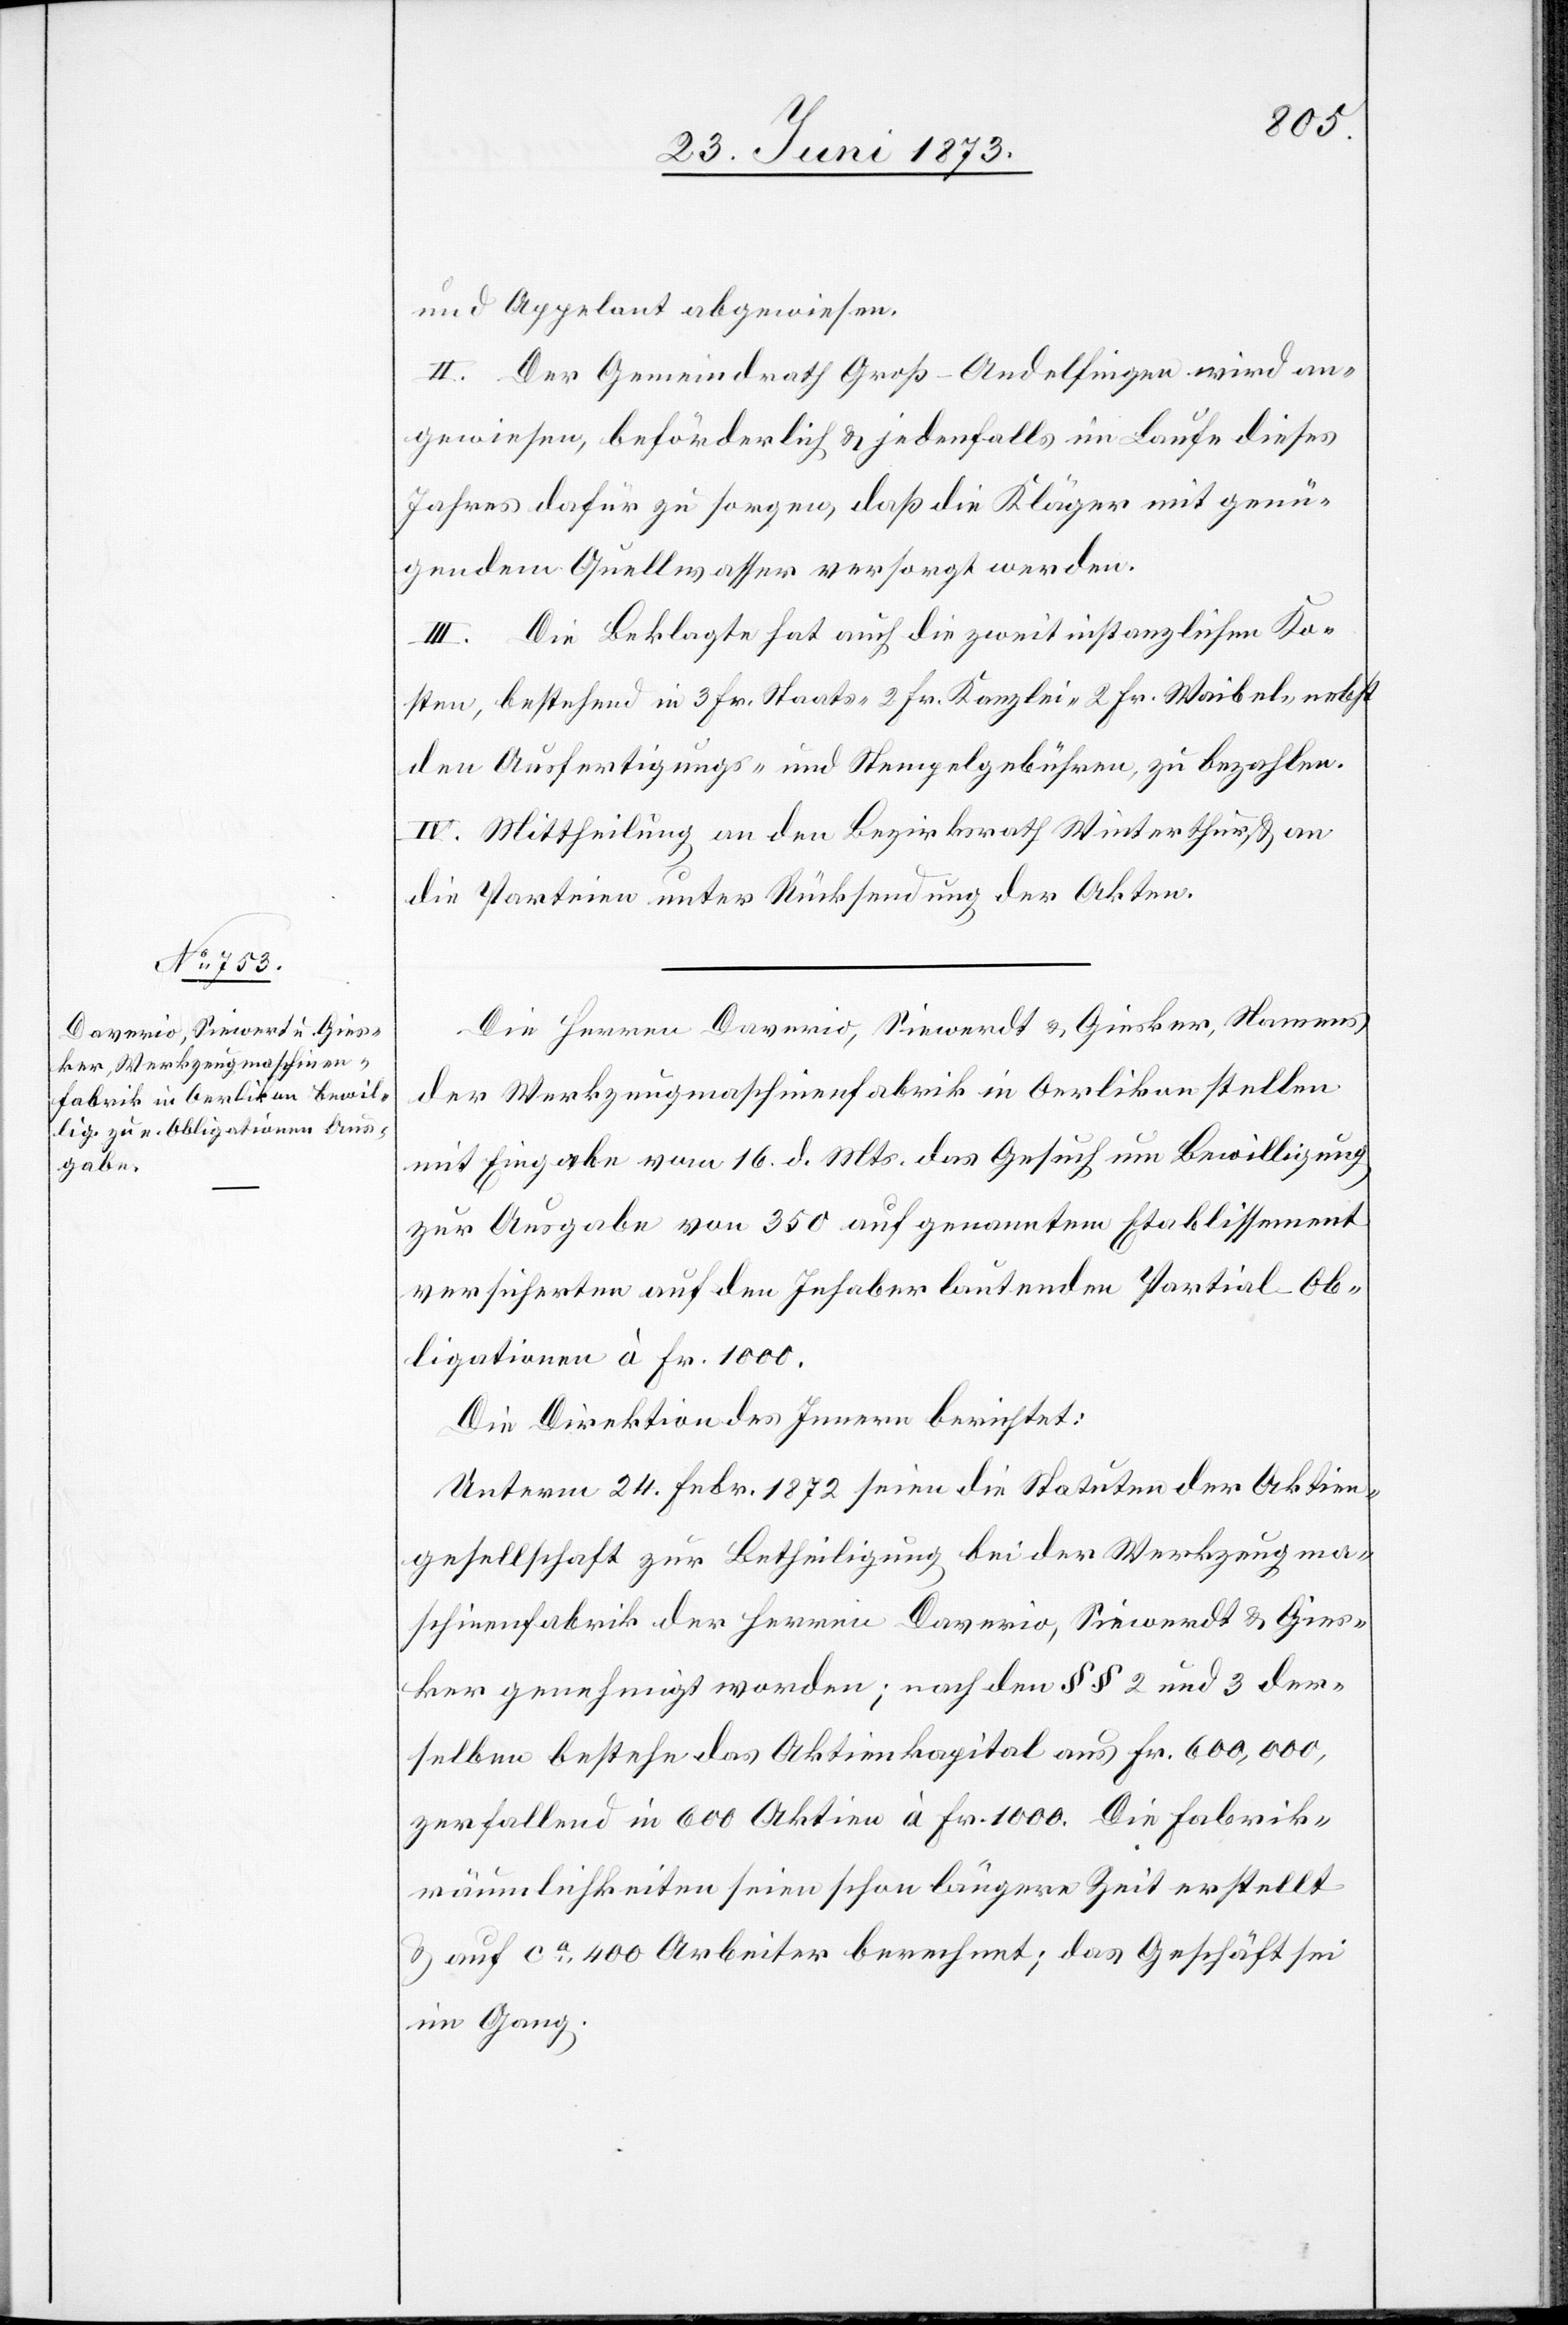
und Appelant abgewiesen.
II. Der Gemeindrath Groß-Andelfingen wird an¬
gewiesen, beförderlich & jedenfalls im Laufe dieses
Jahres dafür zu sorgen, daß die Kläger mit genü¬
gendem Quellwasser versorgt werden.
III. Die Beklagte hat auch die zweitinstanzlichen Ko¬
sten, bestehend in 3 Fr. Staats- 2 Fr. Kanzlei- 2 Fr. Waibel- nebst
den Ausfertigungs- und Stempelgebühren, zu bezahlen.
IV. Mittheilung an den Bezirksrath Winterthur, & an
die Parteien unter Rücksendung der Akten.
Die Herren Daverio, Siewerdt & Giesker, Namens
der Werkzeugmaschinenfabrik in Oerlikon stellen
mit Eingabe vom 16. d. Mts. das Gesuch um Bewilligung
zur Ausgabe von 350 auf genanntem Etablissement
versicherten auf den Inhaber lautenden Partial-Ob¬
ligationen à Fr. 1 000.
Die Direktion des Innern berichtet:
Unterm 24. Febr. 1872 seien die Statuten der Aktien¬
gesellschaft zur Betheiligung bei der Werkzeugma¬
schinenfabrik der Herren Daverio, Siewerdt & Gies¬
ker genehmigt worden; nach den § § 2 und 3 der¬
selben bestehe das Aktienkapital aus Fr. 600,000,
zerfallend in 600 Aktien à Fr. 1 000. Die Fabrik¬
räumlichkeiten seien schon längere Zeit erstellt
& auf ca 400 Arbeiter berechnet; das Geschäft sei
im Gang.